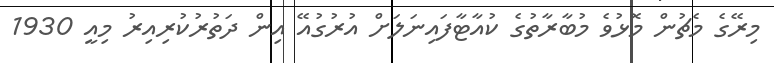
މިރޭގެ މެޗުން މޮޅުވެ މުބާރާތުގެ ކުއާޓާފައިނަލަށް އުރުގުއޭ އިން ދަތުރުކުރިއިރު މިއީ 1930